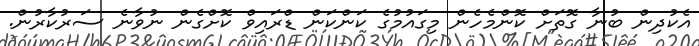
އެކުދިން ބުނާ ގޮތަށް ކޮންމެހެން މިގައުމުގެ ކަންކަން ޑްރައިވް ކޮށްގެން ނުވާނެ ސަރުކާރުން.